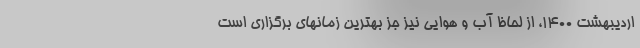
اردیبهشت ۱۴۰۰، از لحاظ آب و هوایی نیز جز بهترین زمانهای برگزاری است